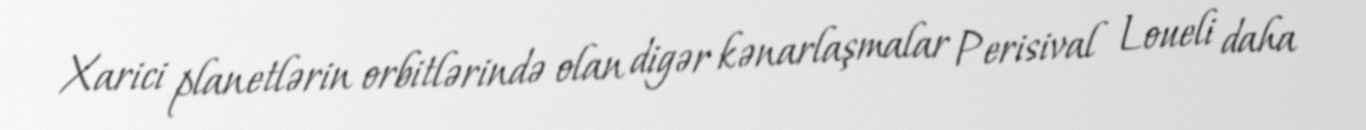
Xarici planetlərin orbitlərində olan digər kənarlaşmalar Perisival Loueli daha